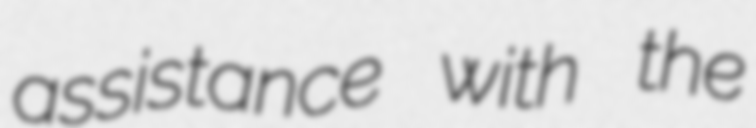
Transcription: assistance with the